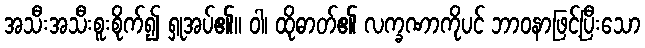
အသီးအသီးစူးစိုက်၍ ရှုအပ်၏။ ဝါ၊ ထိုဓာတ်၏ လက္ခဏာကိုပင် ဘာဝနာဖြင့်ပြီးသော